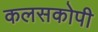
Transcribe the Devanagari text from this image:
कलसकोपी